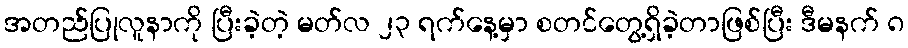
အတည်ပြုလူနာကို ပြီးခဲ့တဲ့ မတ်လ ၂၃ ရက်နေ့မှာ စတင်တွေ့ရှိခဲ့တာဖြစ်ပြီး ဒီမနက် ၈